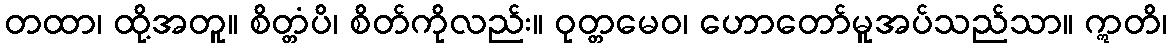
တထာ၊ ထို့အတူ။ စိတ္တံပိ၊ စိတ်ကိုလည်း။ ဝုတ္တမေဝ၊ ဟောတော်မူအပ်သည်သာ။ ဣတိ၊